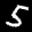
Label: 5